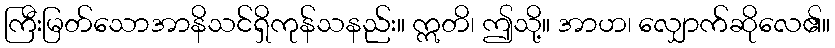
ကြီးမြတ်သောအာနိသင်ရှိကုန်သနည်း။ ဣတိ၊ ဤသို့။ အာဟ၊ လျှောက်ဆိုလေ၏။